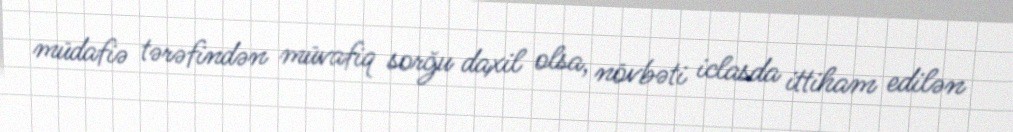
müdafiə tərəfindən müvafiq sorğu daxil olsa, növbəti iclasda ittiham edilən